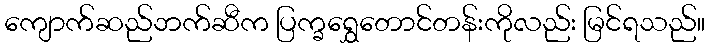
ကျောက်ဆည်ဘက်ဆီက ပြက္ခရွှေတောင်တန်းကိုလည်း မြင်ရသည်။